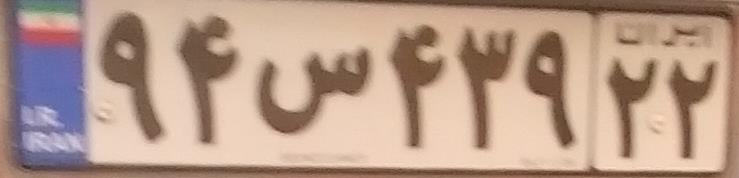
۹۴س۴۳۹۲۲